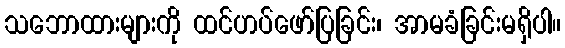
သဘောထားများကို ထင်ဟပ်ဖော်ပြခြင်း၊ အာမခံခြင်းမရှိပါ။